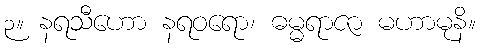
၃။ နရသီဟော နရဝရော၊ ဓမ္မရာဇာ မဟာမုနိ။